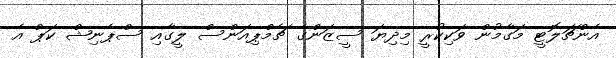
އެންޗަލޮޓީ މަގާމުން ވަކިކުރީ މިދިޔަ ސީޒަންގެ ޗެމްޕިއަންސް ލީގާއި ސްޕެނިޝް ކަޕް އެ